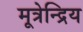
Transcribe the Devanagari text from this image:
मूत्रेन्द्रिय